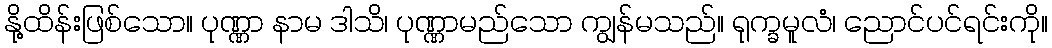
နို့ထိန်းဖြစ်သော။ ပုဏ္ဏာ နာမ ဒါသိ၊ ပုဏ္ဏာမည်သော ကျွန်မသည်။ ရုက္ခမူလံ၊ ညောင်ပင်ရင်းကို။